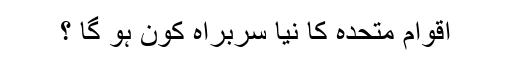
اقوام متحدہ کا نیا سربراہ کون ہو گا ؟